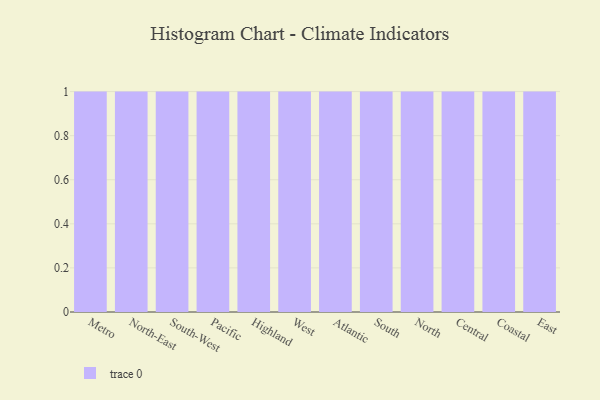
{"axis": {"x": "Region", "y": "Backlog"}, "legend": [""], "data": [{"x": "Metro", "y": 92, "type": ""}, {"x": "North-East", "y": 81, "type": ""}, {"x": "South-West", "y": 89, "type": ""}, {"x": "Pacific", "y": 97, "type": ""}, {"x": "Highland", "y": 98, "type": ""}, {"x": "West", "y": 73, "type": ""}, {"x": "Atlantic", "y": 8, "type": ""}, {"x": "South", "y": 78, "type": ""}, {"x": "North", "y": 88, "type": ""}, {"x": "Central", "y": 8, "type": ""}, {"x": "Coastal", "y": 1, "type": ""}, {"x": "East", "y": 91, "type": ""}]}